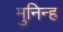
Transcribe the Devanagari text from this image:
मुनिन्ह